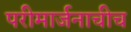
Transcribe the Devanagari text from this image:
परीमार्जनाचीच